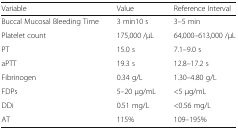
| Variable | Value | Reference Interval |
 | --- | --- | --- |
 | Buccal Mucosal Bleeding Time | 3 min10 s | 3–5 min |
 | Platelet count | 175,000 /μL | 64,000–613,000 /μL |
 | PT | 15.0 s | 7.1–9.0 s |
 | aPTT | 19.3 s | 12.8–17.2 s |
 | Fibrinogen | 0.34 g/L | 1.30–4.80 g/L |
 | FDPs | 5–20 μg/mL | <5 μg/mL |
 | DDi | 0.51 mg/L | <0.56 mg/L |
 | AT | 115% | 109–195% |